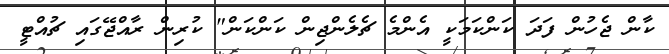
ކާން ޖެހުން ފަދަ ކަންކަމަކީ އެންމެ ޗެލެންޖިން ކަންކަން" ކުރިން ރާއްޖޭގައި ޗުއްޓީ